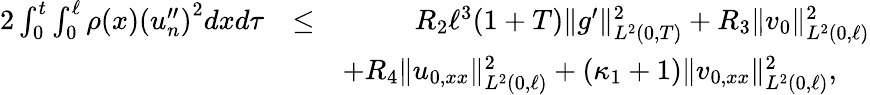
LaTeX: \begin{array}{rlr}{2\int_{0}^{t}\int_{0}^{\ell}\rho(x)\left(u_{n}^{\prime\prime}\right)^{2}dxd\tau}&{\leq}&{R_{2}\ell^{3}(1+T)\Vert g^{\prime}\Vert_{L^{2}(0,T)}^{2}+R_{3}\Vert v_{0}\Vert_{L^{2}(0,\ell)}^{2}}\\ &{}&{+R_{4}\Vert u_{0,xx}\Vert_{L^{2}(0,\ell)}^{2}+\left(\kappa_{1}+1\right)\Vert v_{0,xx}\Vert_{L^{2}(0,\ell)}^{2},~~~~}\end{array}